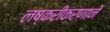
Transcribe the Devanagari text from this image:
लष्करीकरणाने